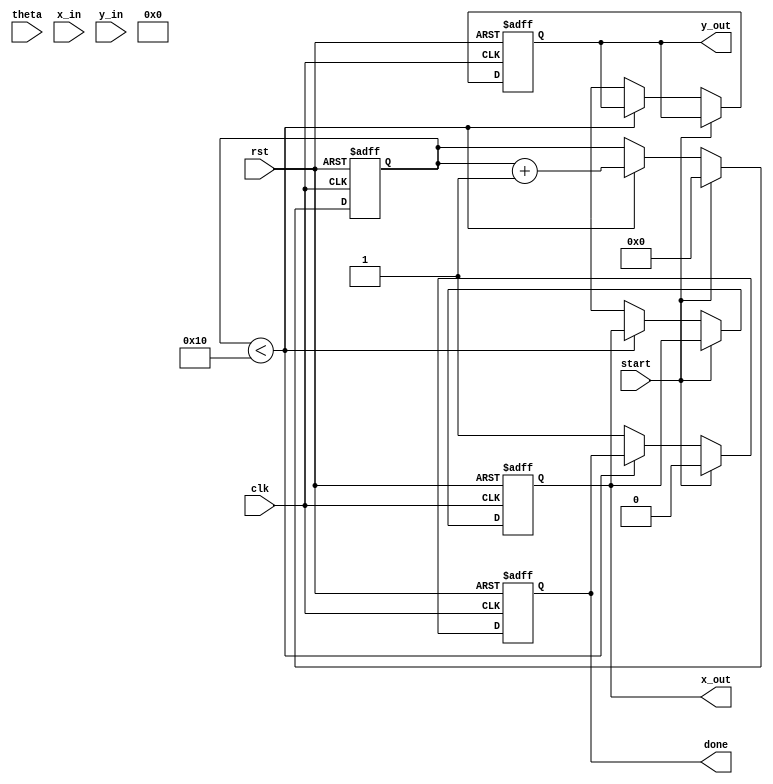
module modified_cordic (
    input wire clk,
    input wire rst,
    input wire start,
    input wire [15:0] theta, // Angle input in radians (fixed-point)
    input wire [15:0] x_in,  // Initial X vector
    input wire [15:0] y_in,  // Initial Y vector
    output reg [15:0] x_out,  // Final X output (cosine)
    output reg [15:0] y_out,  // Final Y output (sine)
    output reg done          // Indicates computation completion
);

    // Parameters
    parameter NUM_ITERATIONS = 16; // Number of CORDIC iterations
    parameter K = 16'hB5E2; // Scaling factor (K = 0.6072529350088812561694... in fixed-point)

    // Internal signals
    reg [15:0] x [0:NUM_ITERATIONS-1]; // Shift register for X
    reg [15:0] y [0:NUM_ITERATIONS-1]; // Shift register for Y
    reg [15:0] angle [0:NUM_ITERATIONS-1]; // Angle lookup table
    reg [3:0] iteration; // Iteration counter
    reg [15:0] theta_reg; // Register for theta
    reg [15:0] x_temp, y_temp; // Temporary variables

    // Initialize angle lookup table (arctan(2^-i))
    initial begin
        angle[0] = 16'h2000; // atan(2^0) = 45 degrees
        angle[1] = 16'h1000; // atan(2^-1) = 26.565 degrees
        angle[2] = 16'h0800; // atan(2^-2) = 14.036 degrees
        angle[3] = 16'h0400; // atan(2^-3) = 7.125 degrees
        angle[4] = 16'h0200; // atan(2^-4) = 3.576 degrees
        angle[5] = 16'h0100; // atan(2^-5) = 1.789 degrees
        angle[6] = 16'h0080; // atan(2^-6) = 0.895 degrees
        angle[7] = 16'h0040; // atan(2^-7) = 0.447 degrees
        angle[8] = 16'h0020; // atan(2^-8) = 0.223 degrees
        angle[9] = 16'h0010; // atan(2^-9) = 0.112 degrees
        angle[10] = 16'h0008; // atan(2^-10) = 0.056 degrees
        angle[11] = 16'h0004; // atan(2^-11) = 0.028 degrees
        angle[12] = 16'h0002; // atan(2^-12) = 0.014 degrees
        angle[13] = 16'h0001; // atan(2^-13) = 0.007 degrees
        angle[14] = 16'h0000; // atan(2^-14) = 0 degrees
        angle[15] = 16'h0000; // atan(2^-15) = 0 degrees
    end

    // FSM for CORDIC operations
    always @(posedge clk or posedge rst) begin
        if (rst) begin
            iteration <= 0;
            done <= 0;
            x_out <= 0;
            y_out <= 0;
        end else if (start) begin
            // Initialize inputs
            x[0] <= x_in;
            y[0] <= y_in;
            theta_reg <= theta;
            iteration <= 0;
            done <= 0;
        end else if (iteration < NUM_ITERATIONS) begin
            // CORDIC iteration logic
            if (theta_reg < 0) begin
                x_temp <= x[iteration] + (y[iteration] >> iteration);
                y_temp <= y[iteration] - (x[iteration] >> iteration);
                theta_reg <= theta_reg + angle[iteration];
            end else begin
                x_temp <= x[iteration] - (y[iteration] >> iteration);
                y_temp <= y[iteration] + (x[iteration] >> iteration);
                theta_reg <= theta_reg - angle[iteration];
            end
            // Update registers for next iteration
            x[iteration + 1] <= x_temp;
            y[iteration + 1] <= y_temp;
            iteration <= iteration + 1;
        end else begin
            // Final output after all iterations
            x_out <= (x[NUM_ITERATIONS] * K) >> 8; // Apply scaling factor
            y_out <= (y[NUM_ITERATIONS] * K) >> 8; // Apply scaling factor
            done <= 1; // Set done signal
        end
    end
endmodule